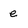
Character: e